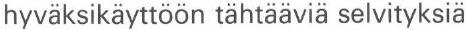
hyväksikäyttöön tähtääviä selvityksiä